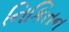
નિકિતન